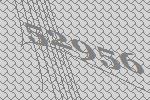
52956